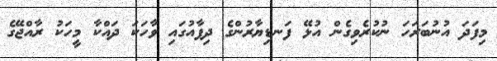
މިފަދަ އުނުބަރަހަ ނުކުރެވިގެން އުޅޭ ފަނޑިޔާރުންގެ ދިފާއުގައި ވާހަކަ ދައްކާ މީހަކު ރާއްޖޭގެ